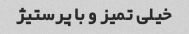
خیلی تمیز و با پرستیژ